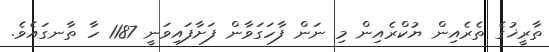
ތާރީޚުގެ ތެރެއިން ޔުކްރެއިން މި ނަން ފާހަގަވާން ފަށާފައިވަނީ 1187 ހާ ތާނގައެވެ.